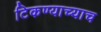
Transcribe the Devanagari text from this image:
टिकण्याच्याच